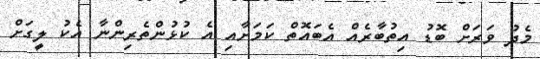
މެދު ވަރަށް ބޮޑު އިތުބާރެއް އެބައޮތް ކަމަށާއި އެ ކުޅުންތެރިންނާ އެކު ލީގަށް